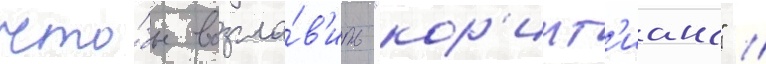
что́бы возгла́в'ить "кор'инт'ианс" //